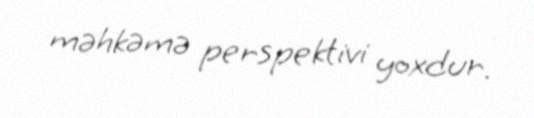
məhkəmə perspektivi yoxdur.